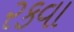
રકવા